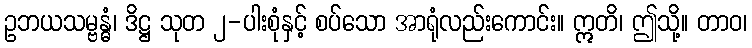
ဥဘယသမ္ဗန္ဓံ၊ ဒိဋ္ဌ သုတ ၂-ပါးစုံနှင့် စပ်သော အာရုံလည်းကောင်း။ ဣတိ၊ ဤသို့။ တာဝ၊